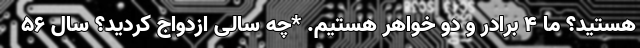
هستید؟ ما ۴ برادر و دو خواهر هستیم. *چه سالی ازدواج کردید؟ سال ۵۶